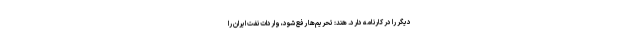
دیگر را در کارنامه دارد. هند: تحریم‌ها رفع شود، واردات نفت ایران را